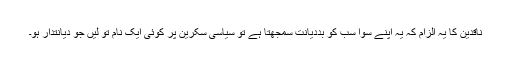
ناقدین کا یہ الزام کہ یہ اپنے سوا سب کو بددیانت سمجھتا ہے تو سیاسی سکرین پر کوئی ایک نام تو لیں جو دیانتدار ہو۔